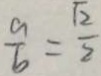
\frac { a } { b } = \frac { \sqrt { 2 } } { 2 }